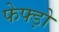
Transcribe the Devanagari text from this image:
फेफ्ड़ो